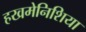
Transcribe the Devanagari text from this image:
हखमेनिशिया